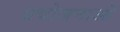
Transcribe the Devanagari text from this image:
प्रयोजनाओं